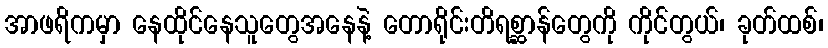
အာဖရိကမှာ နေထိုင်နေသူတွေအနေနဲ့ တောရိုင်းတိရစ္ဆာန်တွေကို ကိုင်တွယ်၊ ခုတ်ထစ်၊